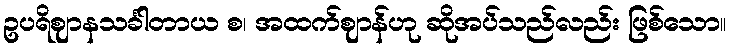
ဥပရိဈာနသင်္ခါတာယ စ၊ အထက်ဈာန်ဟု ဆိုအပ်သည်လည်း ဖြစ်သော။